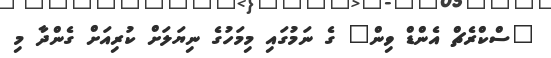
"ސްކްރެޗް އެންޑް ވިން" ގެ ނަމުގައި މިމަހުގެ ނިޔަލަށް ކުރިއަށް ގެންދާ މި